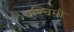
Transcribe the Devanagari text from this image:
पश्‍चिमी